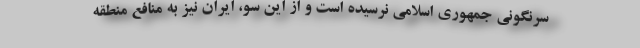
سرنگونی جمهوری اسلامی نرسیده است و از این سو، ایران نیز به منافع منطقه